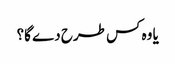
یا وہ کس طرح دے گا؟